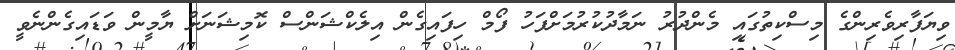
ވިޔަފާރިވެރިންގެ މިސްކިތުގައި މެންދުރު ނަމާދުކުރުމަށްފަހު ފޯމް ހިފައިގެން އިލެކްޝަންސް ކޮމިޝަނަށް ޔާމީން ވަޑައިގެންނެވީ